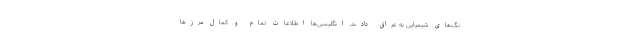
نگ‌های شیمیایی به عراق دادند، انگلیسی‌ها اطلاعات تمام و کمال مرزها